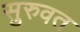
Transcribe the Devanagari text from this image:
सुरुवत